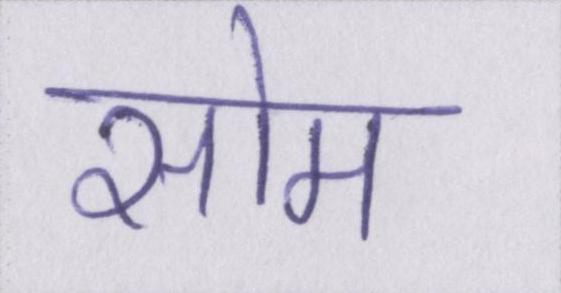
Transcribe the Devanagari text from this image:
सोम